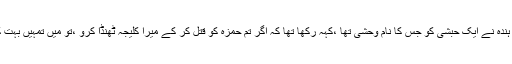
ابو سفیان کی بیوی ہندہ نے ایک حبشی کو جس کا نام وحشی تھا ،کہہ رکھا تھا کہ اگر تم حمزہؓ کو قتل کر کے میرا کلیجہ ٹھنڈا کرو ،تو میں تمہیں بہت کچھ انعام دوں گی ۔